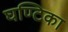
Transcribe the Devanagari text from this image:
घण्टिका